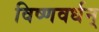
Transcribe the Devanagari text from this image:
विष्णवर्धन्